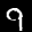
Label: 9